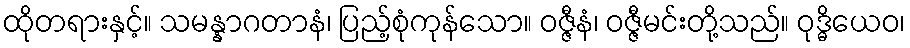
ထိုတရားနှင့်။ သမန္နာဂတာနံ၊ ပြည့်စုံကုန်သော။ ဝဇ္ဇီနံ၊ ဝဇ္ဇီမင်းတို့သည်။ ဝုဒ္ဓိယေဝ၊